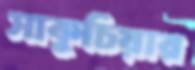
সাকুচিয়ার